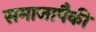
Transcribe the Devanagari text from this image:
समाजापैकी